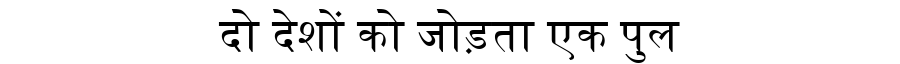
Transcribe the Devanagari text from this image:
दो देशों को जोड़ता एक पुल